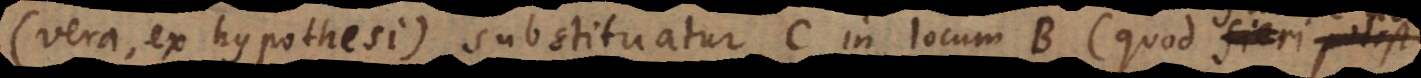
(vera, ex hypothesi) substituatur C in locum B (quod fieri potest